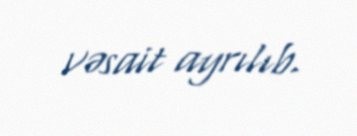
vəsait ayrılıb.